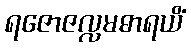
ရဇောဇလ္လမဓာရယိံ